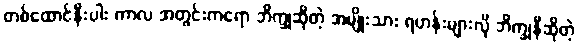
တစ်ထောင်နီးပါး ကာလ အတွင်းကရော ဘိက္ခုဆိုတဲ့ အမျိုးသား ရဟန်းများလို ဘိက္ခုနီဆိုတဲ့